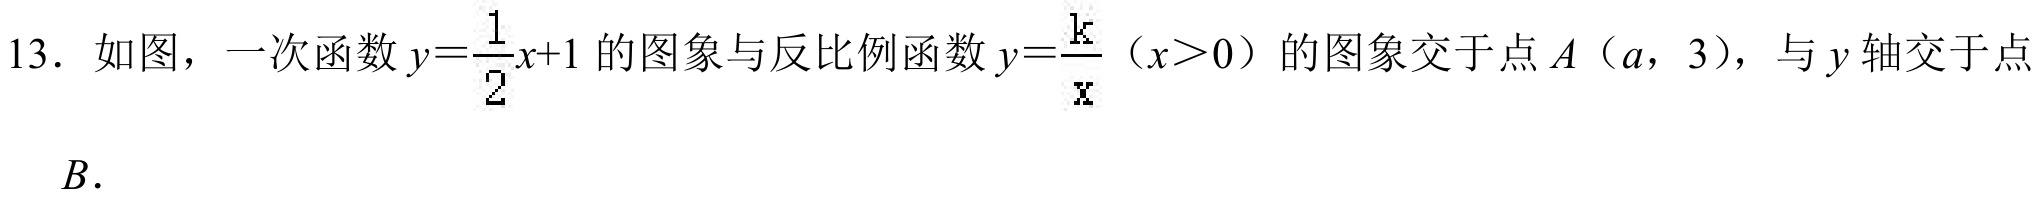
13．如图，一次函数\(y = \frac{1}{2}x + 1\)的图象与反比例函数\(y = \frac{k}{x}\)（\(x>0\)）的图象交于点\(A\)（\(a\)，\(3\)），与\(y\)轴交于点\(B\)．